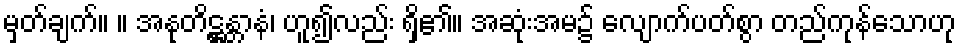
မှတ်ချက်။ ။ အနုတိဋ္ဌန္တာနံ၊ ဟူ၍လည်း ရှိ၏။ အဆုံးအမ၌ လျောက်ပတ်စွာ တည်ကုန်သောဟု